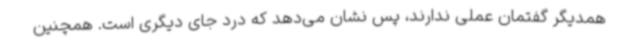
همدیگر گفتمان عملی ندارند، پس نشان می‌دهد که درد جای دیگری است. همچنین